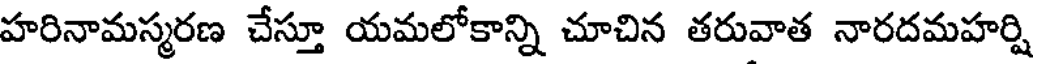
హరినామస్మరణ చేస్తూ యమలోకాన్ని చూచిన తరువాత నారదమహర్షి